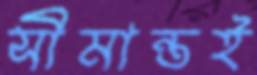
সীমান্তই